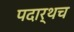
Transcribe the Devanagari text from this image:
पदार्थच